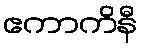
ဧကာကိနီ